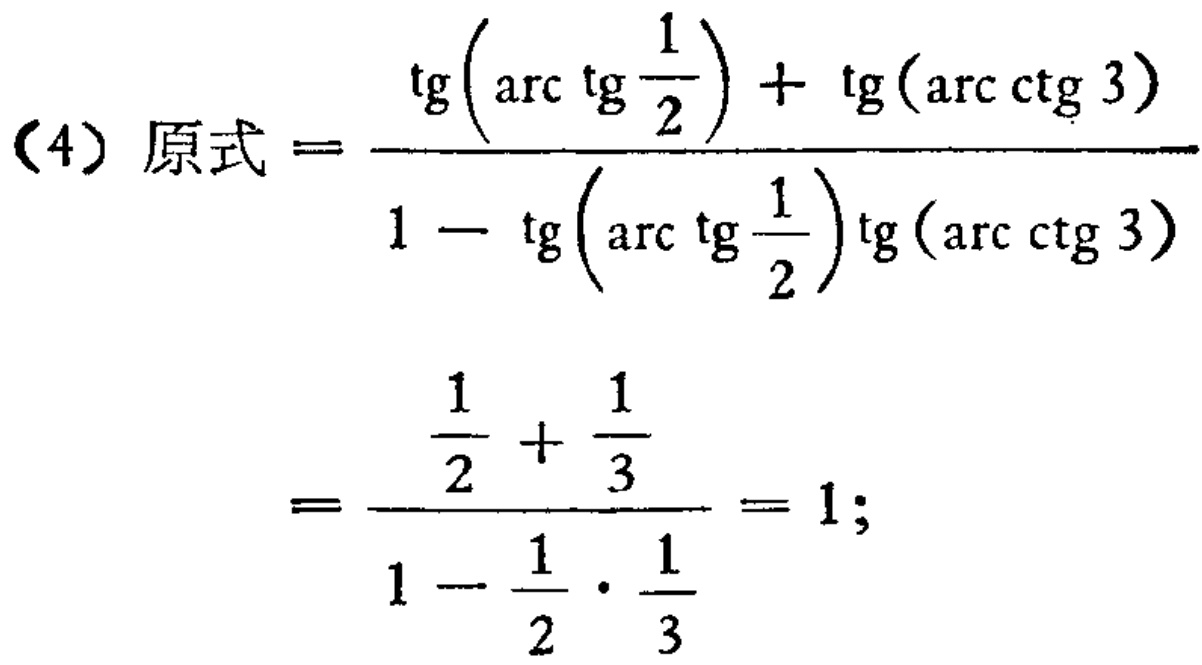
\[(4)\text{原式}=\frac{\mathrm{tg}\left(\mathrm{arc}\,\mathrm{tg}\frac{1}{2}\right)+\mathrm{tg}(\mathrm{arc}\,\mathrm{ctg}\,3)}{1 - \mathrm{tg}\left(\mathrm{arc}\,\mathrm{tg}\frac{1}{2}\right)\mathrm{tg}(\mathrm{arc}\,\mathrm{ctg}\,3)}=\frac{\frac{1}{2}+\frac{1}{3}}{1-\frac{1}{2}\cdot\frac{1}{3}} = 1;\]